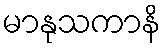
မာနုသကာနိ